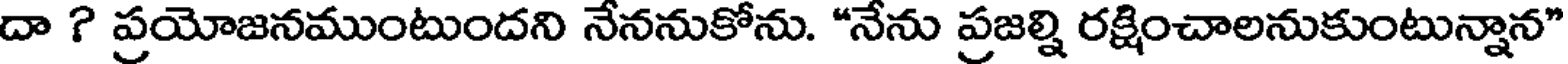
దా ? ప్రయోజనముంటుందని నేననుకోను. "నేను ప్రజల్ని రక్షించాలనుకుంటున్నాన"